Report on sanitation, dispensaries, and jails in Rajputana for 1915, and on vaccination for the year 1915-1916 - 1915-1916
Year: 1915
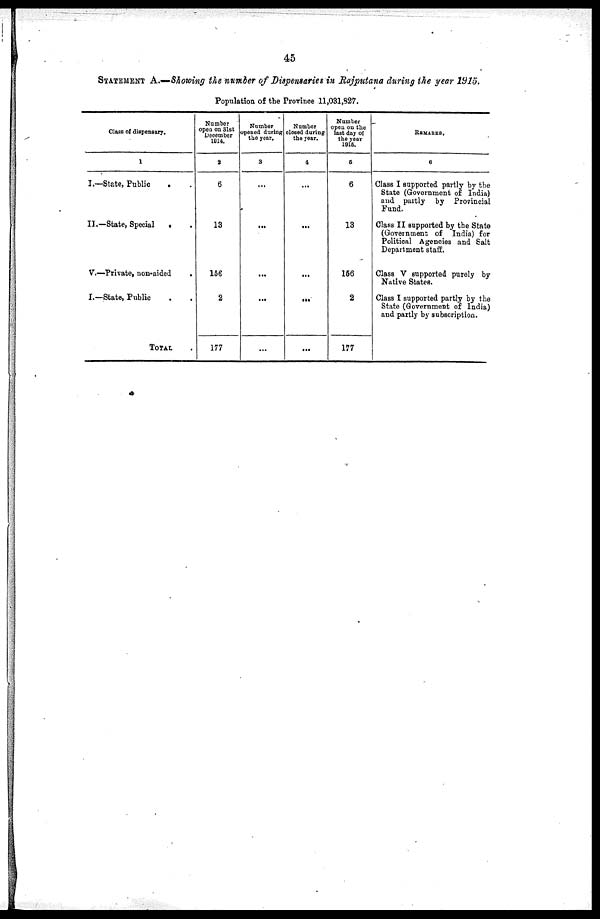
45
STATEMENT A.—Showing the number of Dispensaries in Rajputana during the year 1915.
Population of the Province 11,031,827.
Class of dispensary.
1
I.—State, Public . .
II.—State, Special . .
V.—Private, non-aided
I.—State, Public . .
TOTAL .
Number
open on 31st
December
1914.
2
6
13
156
2
177
Number
opened during
the year.
3
...
...
...
...
...
Number
closed during
the year.
4
...
...
...
...
...
Number
open on the
last day of
the year
1915.
5
6
13
156
2
177
REMARKS.
6
Class I supported partly by the
State (Government of India)
and partly by Provincial
Fund.
Class II supported by the State
(Government of India) for
Political Agencies and Salt
Department staff.
Class V supported purely by
Native States.
Class I supported partly by the
State (Government of India)
and partly by subscription.